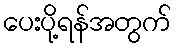
ပေးပို့ရန်အတွက်